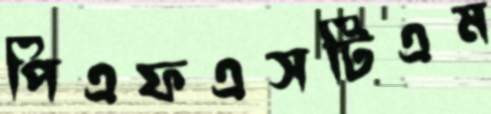
পিএফএসটিএম